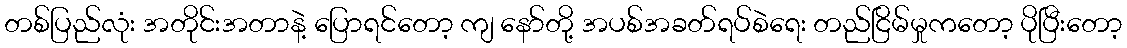
တစ်ပြည်လုံး အတိုင်းအတာနဲ့ ပြောရင်တော့ ကျ နော်တို့ အပစ်အခတ်ရပ်စဲရေး တည်ငြိမ်မှုကတော့ ပိုပြီးတော့